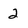
Character: 2